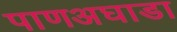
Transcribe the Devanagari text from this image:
पाणअघाडा